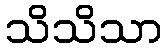
သိသိသာ